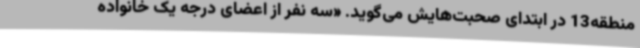
منطقه13 در ابتدای صحبت‌هایش می‌گوید. «سه نفر از اعضای درجه یک خانواده